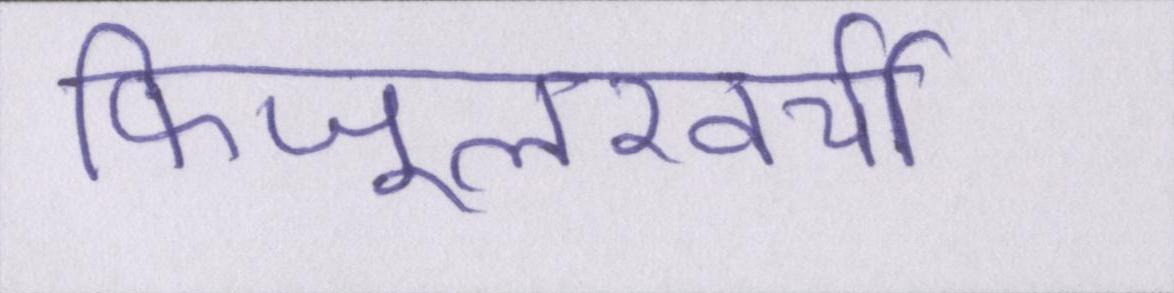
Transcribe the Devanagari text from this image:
फिजूलखर्ची